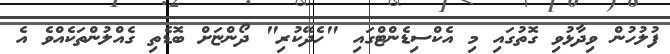
ފުލުހުން ވިދާޅުވި ގޮތުގައި މި އެކްސިޑެންޓްގައި "ހެދޭކުރި" ދޯންޏަށް ބޮޑެތި ގެއްލުންތަކެއްވެ އެ